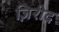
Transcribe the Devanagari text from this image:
ज़िरीद